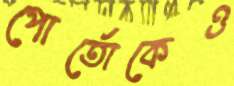
পোর্তোকেও